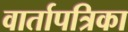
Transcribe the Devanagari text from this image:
वार्तापत्रिका